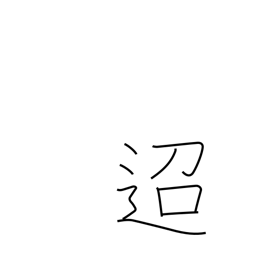
Meaning: distant